Annual administration and progress report of the Indian Medical Department, Bombay
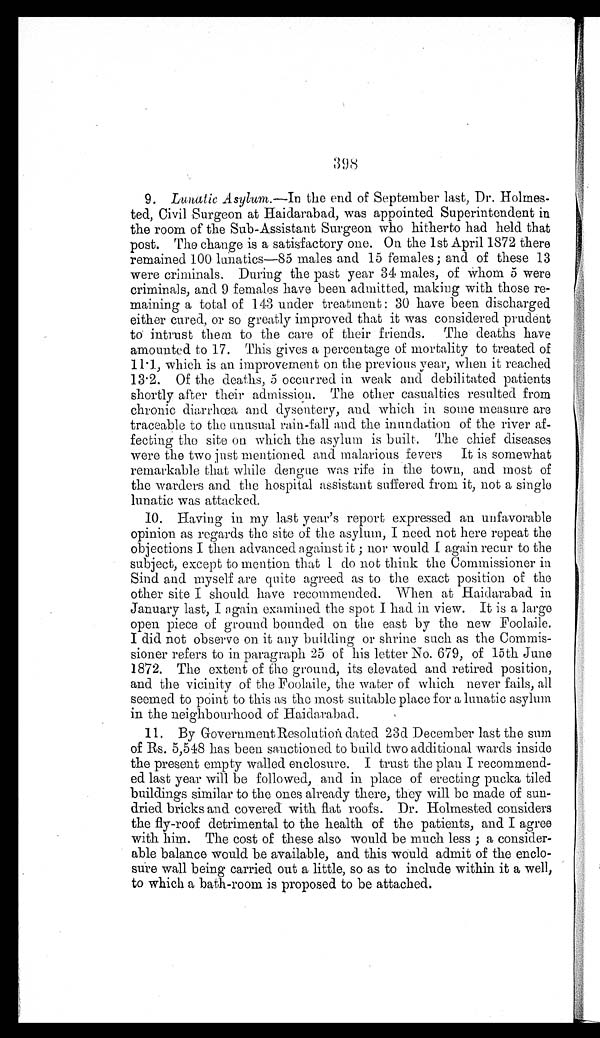
398
9. Lunatic Asylum .—In the end of September last, Dr. Holmes
-
ted, Civil Surgeon at Haidarabad, was appointed Superintendent in
the room of the Sub-Assistant Surgeon who hitherto had held that
post. The change is a satisfactory one. On the 1st April 1872 there
remained 100 lunatics—85 males and 15 females; and of these 13
were criminals. During the past year 34 males, of whom 5 were
criminals, and 9 females have been admitted, making with those re
-
maining a total of 143 under treatment: 30 have been discharged
either cured, or so greatly improved that it was considered prudent
to intrust them to the care of their friends. The deaths have
amounted to 17. This gives a percentage of mortality to treated of
1 1 . 1 , w h i c h i s a n i m p r o v e m e n t o n t h e p r e v i o u s y e a r , w h e n i t r e a c h e d
13.2. Of the deaths, 5 occurred in weak and debilitated patients
shortly after their admission. The other casualties resulted from
chronic diarrhœa and dysentery, and which in some measure are
traceable to the unusual rain-fall and the inundation of the river af
-
fecting the site on which the asylum is built. The chief diseases
were the two just mentioned and malarious fevers It is somewhat
remarkable that while dengue, was rife in the town, and most of
the warders and the hospital assistant suffered from it, not a single
lunatic was attacked.
10. Having in my last year's report expressed an unfavorable
opinion as regards the site of the asylum, I need not here repeat the
objections I then advanced against it; nor would I again recur to the
subject, except to mention that I do not think the Commissioner in
Sind and myself are quite agreed as to the exact position of the
other site I should have recommended. When at Haidarabad in
January last, I again examined the spot I had in view. It is a large
open piece of ground bounded on the east by the new Foolaile.
I did not observe on it any building or shrine such as the Commis
-
sioner refers to in paragraph 25 of his letter No. 679, of 15th June
1872. The extent of the ground, its elevated and retired position,
and the vicinity of the Foolaile, the water of which never fails, all
seemed to point to this as the most suitable place for a lunatic asylum
in the neighbourhood of Haidarabad.
11. By Government Resolution dated 23d December last the sum
of Rs. 5,548 has been sanctioned to build two additional wards inside
the present empty walled enclosure. I trust the plan I recommend
-
ed last year will be followed, and in place of erecting pucka tiled
buildings similar to the ones already there, they will be made of sun
-
dried bricks and covered with flat roofs. Dr. Holmested considers
the fly-roof detrimental to the health of the patients, and I agree
with him. The cost of these also would be much less; a consider
-
able balance would be available, and this would admit of the enclo
-
sure wall being carried out a little, so as to include within it a well,
to which a bath-room is proposed to be attached.